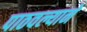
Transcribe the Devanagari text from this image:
पाठवल्याने